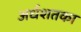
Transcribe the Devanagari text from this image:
अर्धशतका